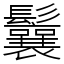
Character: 鬤